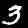
Label: 3